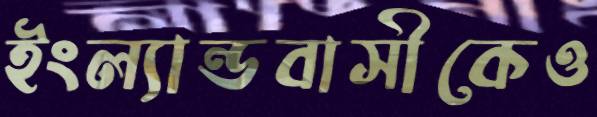
ইংল্যান্ডবাসীকেও